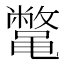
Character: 𱌇